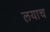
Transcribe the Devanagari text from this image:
लयाच